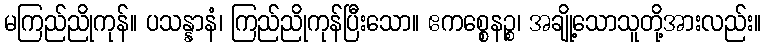
မကြည်ညိုကုန်။ ပသန္နာနံ၊ ကြည်ညိုကုန်ပြီးသော။ ဧကစ္စေနဉ္စ၊ အချို့သောသူတို့အားလည်း။